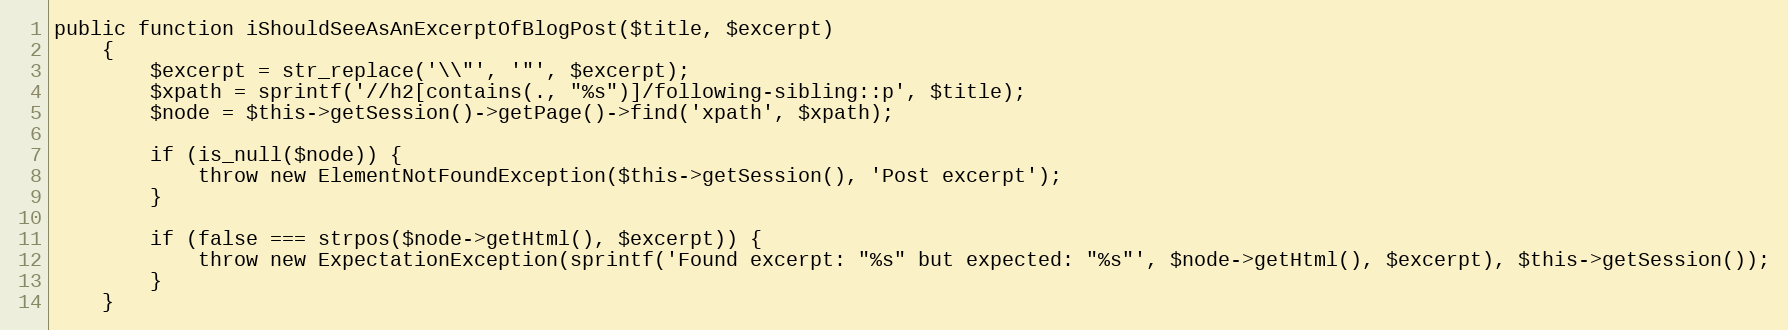
Language: PHP
public function iShouldSeeAsAnExcerptOfBlogPost($title, $excerpt)
    {
        $excerpt = str_replace('\\"', '"', $excerpt);
        $xpath = sprintf('//h2[contains(., "%s")]/following-sibling::p', $title);
        $node = $this->getSession()->getPage()->find('xpath', $xpath);

        if (is_null($node)) {
            throw new ElementNotFoundException($this->getSession(), 'Post excerpt');
        }

        if (false === strpos($node->getHtml(), $excerpt)) {
            throw new ExpectationException(sprintf('Found excerpt: "%s" but expected: "%s"', $node->getHtml(), $excerpt), $this->getSession());
        }
    }